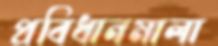
প্রবিধানমালা